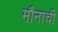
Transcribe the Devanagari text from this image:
मौनाची